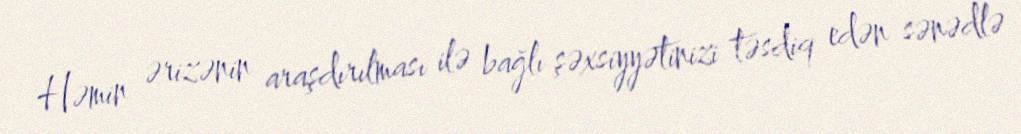
Həmin ərizənin araşdırılması ilə bağlı şəxsiyyətinizi təsdiq edən sənədlə